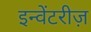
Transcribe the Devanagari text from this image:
इन्वेंटरीज़